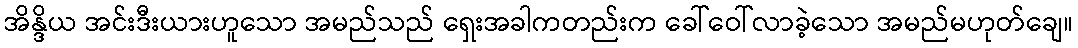
အိန္ဒိယ အင်းဒီးယားဟူသော အမည်သည် ရှေးအခါကတည်းက ခေါ်ဝေါ်လာခဲ့သော အမည်မဟုတ်ချေ။